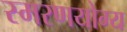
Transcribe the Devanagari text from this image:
स्मरणयोग्य